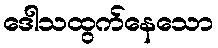
ဒေါသထွက်နေသော